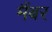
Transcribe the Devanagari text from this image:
मैंबर